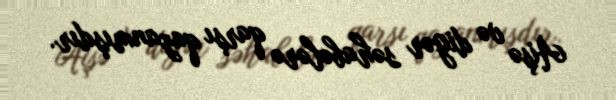
Aişə və digər səhabələrə qarşı qazanmışdır.